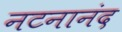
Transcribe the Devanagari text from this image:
नटनानंद